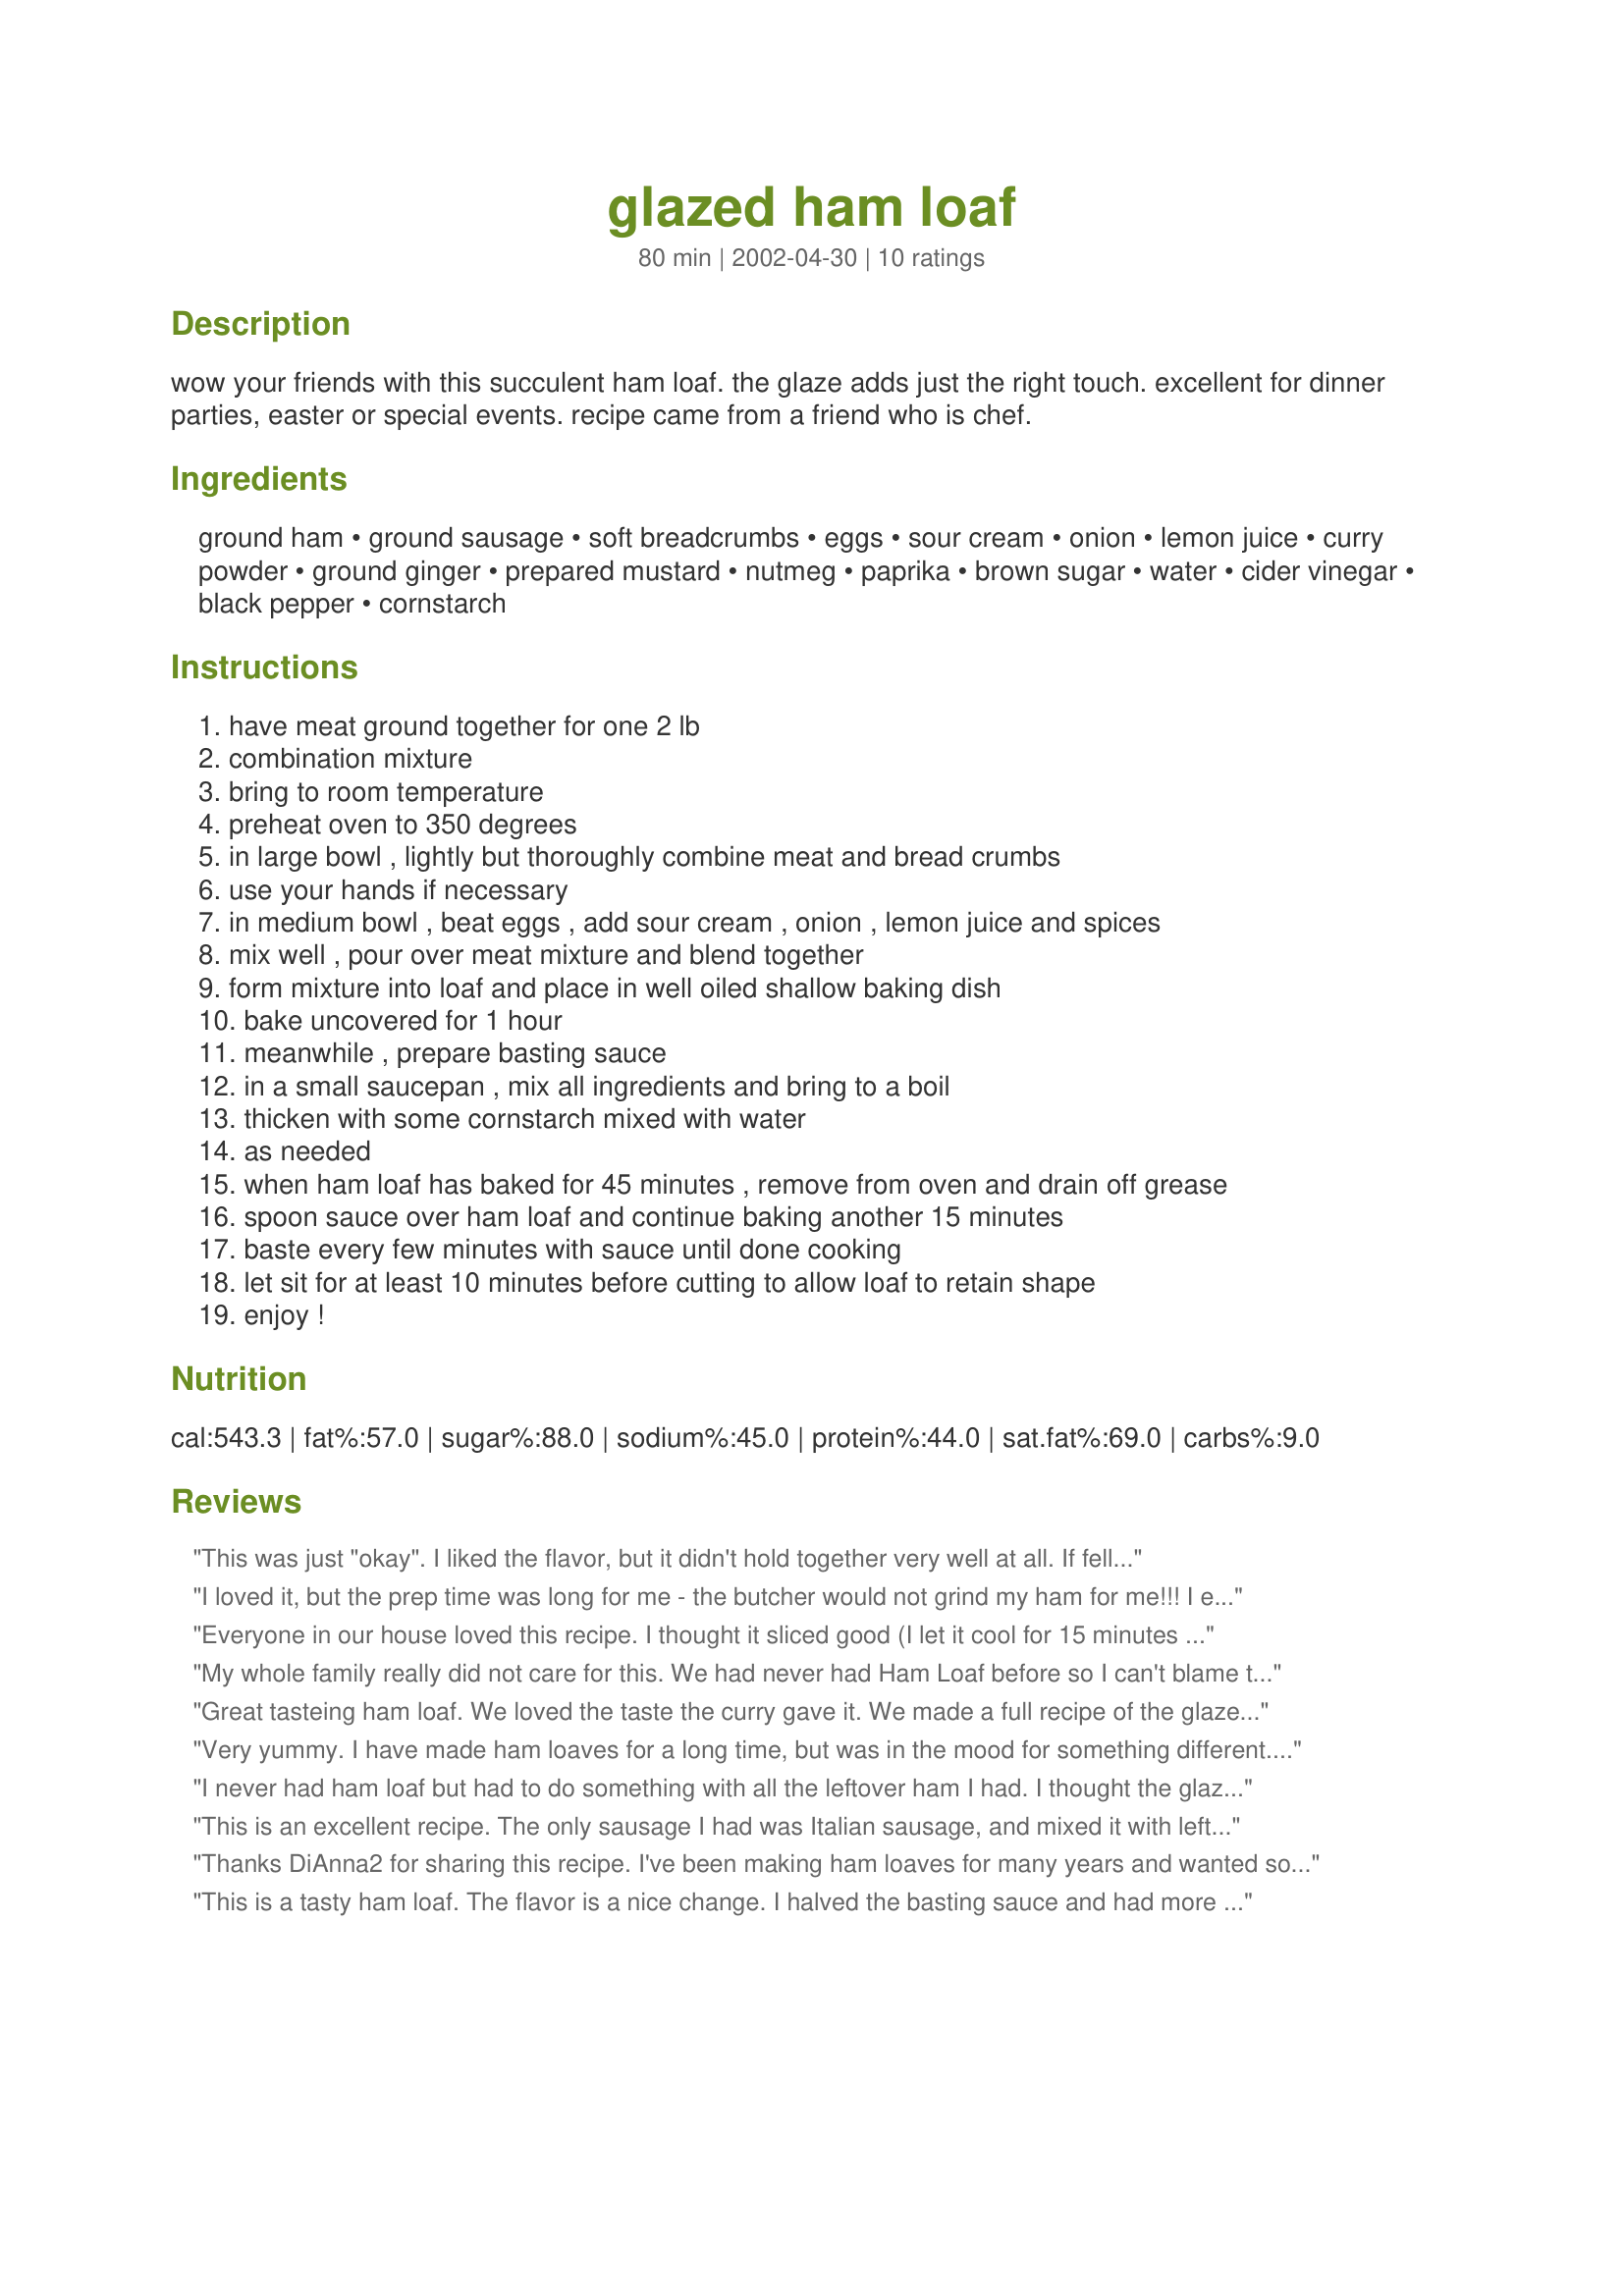
glazed ham loaf
Preparation time: 80 minutes

wow your friends with this succulent ham loaf. the glaze adds just the right touch. excellent for dinner parties, easter or special events. recipe came from a friend who is chef.

Ingredients:
ground ham, ground sausage, soft breadcrumbs, eggs, sour cream, onion, lemon juice, curry powder, ground ginger, prepared mustard, nutmeg, paprika, brown sugar, water, cider vinegar, black pepper, cornstarch

Steps:
have meat ground together for one 2 lb, combination mixture, bring to room temperature, preheat oven to 350 degrees, in large bowl , lightly but thoroughly combine meat and bread crumbs, use your hands if necessary, in medium bowl , beat eggs , add sour cream , onion , lemon juice and spices, mix well , pour over meat mixture and blend together, form mixture into loaf and place in well oiled shallow baking dish, bake uncovered for 1 hour, meanwhile , prepare basting sauce, in a small saucepan , mix all ingredients and bring to a boil, thicken with some cornstarch mixed with water, as needed, when ham loaf has baked for 45 minutes , remove from oven and drain off grease, spoon sauce over ham loaf and continue baking another 15 minutes, baste every few minutes with sauce until done cooking, let sit for at least 10 minutes before cutting to allow loaf to retain shape, enjoy !

Reviews:
This was just "okay". I liked the flavor, but it didn't hold together very well at all. If fell apart every time I sliced it. We ate it on sandwiches and that was better. I guess it was more like a ham salad. I don't think I'll be making this again. My hubby is from Lancaster and has had the "real thing". He thought it was good, but not great.
I loved it, but the prep time was long for me - the butcher would not grind my ham for me!!! I ended up grinding it up in my blender. It came out finer than I had hoped, but it mixed well with the sausages. No salt needed in this recipe, the ham has plenty. I ran out of glaze and will make more of it tonight when I get home. This ham loaf is a keeper!
Everyone in our house loved this recipe. I thought it sliced good (I let it cool for 15 minutes before slicing). The glaze is such a good conbination of sweet and sour. I will make this again. Thanks for posting it!
My whole family really did not care for this. We had never had Ham Loaf before so I can't blame the recipe. The kids said "stick with regular meatloaf, please".
Great tasteing ham loaf. We loved the taste the curry gave it. We made a full recipe of the glaze and had a lot leftover.
We will definitely make it again.
Very yummy. I have made ham loaves for a long time, but was in the mood for something different. I had froze some ham from our Easter dinner and decieded to try your recipe. It was delicious. I loved the addition of the spices and the sauce with the cider vinegar was ourstanding. I don't make ham loaves very often but when I do I will be reaching for this recipe. Also, it made tasty sandwiches the next day......Stephanie
I never had ham loaf but had to do something with all the leftover ham I had. I thought the glaze was wonderful. I was apprehensive about the vinegar, but it came out fine. I think that I ate about half the loaf. This is definately a "keeper". The extra glaze almost marinates the left overs in the fridge. Thanks for sharing.
This is an excellent recipe. The only sausage I had was Italian sausage, and mixed it with leftover honey glazed ham I ground up in the food processor. The flavor was excellent! This definitely goes on the 'make again' list.
Thank you, DiAnna2!
Thanks DiAnna2 for sharing this recipe. I've been making ham loaves for many years and wanted something a little different. This recipe fit the bill. I had a HUGE amount of leftover ham from a 23 pounder and needed to feed a crowd, so the perfect solution was a ham loaf. It was very tasty, easy to prepare and the company raved about it, served with mashed sweet potatoes, steamed hercots verts, pickled watermelon rind and Red Velvet cake for dessert. It was a great old fashioned supper. I did not change a thing and will make again. Thanks again for a wonderful recipe. Leslie
This is a tasty ham loaf. The flavor is a nice change. I halved the basting sauce and had more than enough for the loaf.
